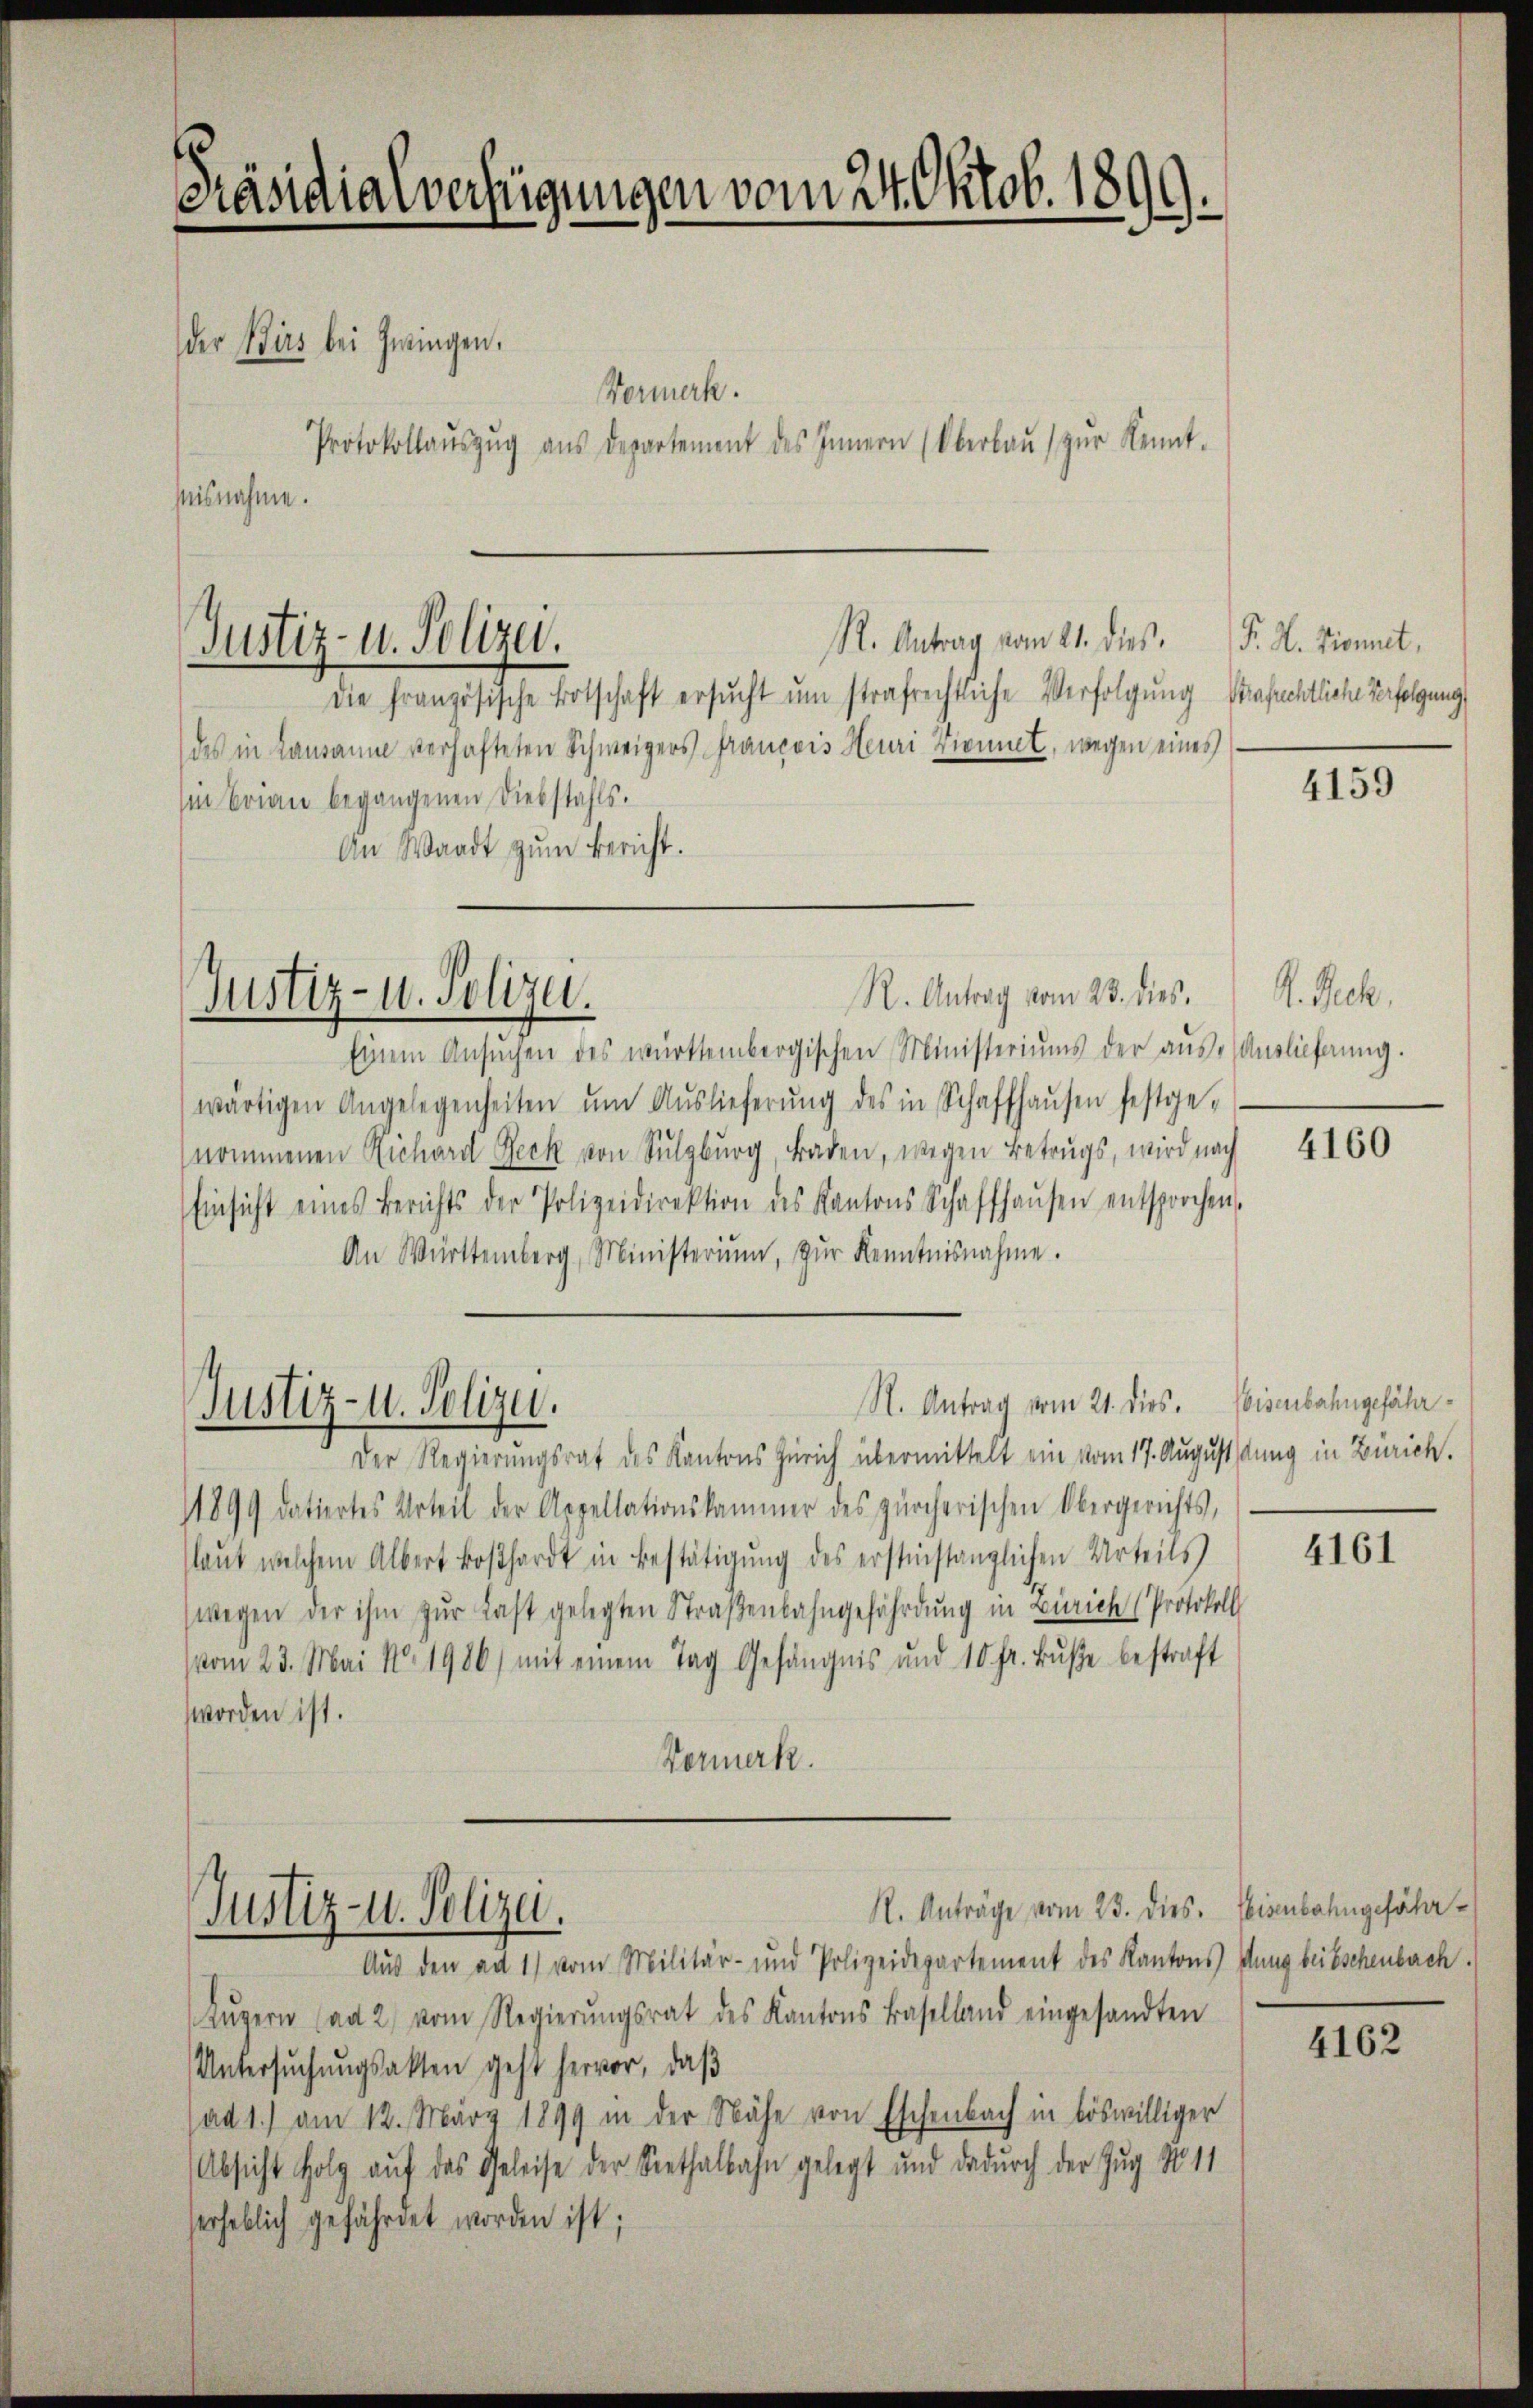
Präsidialverfügungen vom 24. Oktob. 1899.

der Birs bei Zwingen.
isnahme.

Vormerk.
Protokollaŭszŭg aŭs departement des Innern (Oberbaŭ zŭr Kennt-

R. Antrag vom 21. dies
Die französische Botschaft ersŭcht um strafrechtliche Verfolgung Versuchtliche Verfolgung
des in Lausanne verhafteten Schweigers francois Heuri Livinet, wegen eines
m Brian begangenen Diebstahls.
an Waadt zŭm Bericht.

Justiz- u. Polizei.

Justiz- u. Polizei.

R. Antrag vom 28. dies
Einem Ansŭchen des württembergischen Ministeriums der aŭs-Auslieferŭng.
wärtigen Angelegenheiten ŭm Aŭslieferŭng des in Schaffhaŭsen festge-
nommenen Richard Reck von Sulzburg, Baden, wegen Betrugs, wird nach
Einsicht eines Berichts der Polizeidirektion des Kantons Schaffhaŭsen entsprochen.
An Württemberg, Ministerium, zŭr Kenntnisnahme.
R. Antrag vom 21. dies
Justiz- u. Polizei.
Der Regierungsrat des Kantons Zürich übermittelt ein vom 17. August kung in Zürich.
1899 datiertes Urteil der Appellationskammer des zürcherischen Obergerichts,
(laut welchem Albert Boßhardt in Bestätigung des erstinstänglichen Urteils
(wegen der ihm zŭr Last gelegten Straβenbahngefährdung in Zürich (Protokoll
vom 23. Mai No. 1986) mit einem Tag Gefängnis und 10 fr. Bŭβe bestraft
worden ist.
Donmerk.

Justiz- u. Polizei.

Aus den ad 1) vom Militär- und Polizeidepartement des Kantons dung beitschenbach.
Lŭzern (ad 2. vom Regierŭngsrat des Kantons Baselland eingesandten
Untersuchungsakten geht hervor, daß
(ad 1.) am 12. März 1899 in der Nähe von Eschenbach in böswilliger
Absicht folg auf das Geleise der Seethalbahn gelegt und dadurch der Zug No 11
serheblich gefährdet worden ist;

R. Anträge vom 23. dies

P. H. Donnet,

4159

V. Rech

4160

Eisenbahngefähr¬

4161

Eisenbahngefähr¬

4162